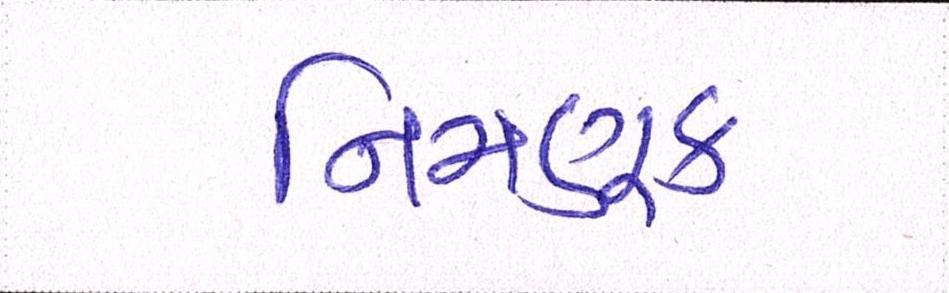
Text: નિમણૂક